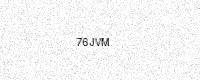
Text: 76JVM